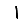
Digit: 1